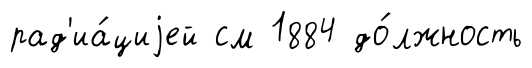
рад'иа́циjей см 1884 до́лжность